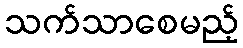
သက်သာစေမည့်